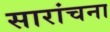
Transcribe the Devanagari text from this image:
सारांचना